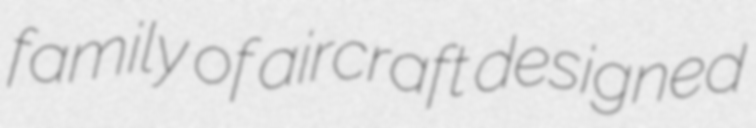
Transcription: family of aircraft designed